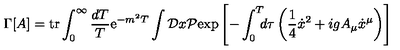
\Gamma \lbrack A \rbrack = \mathrm { t r } \int _ { 0 } ^ { \infty } { \frac { d T } { T } } \mathrm { e } ^ { - m ^ { 2 } T } \int { \cal D } x { \cal P } \mathrm { e x p } \left[ - \int _ { 0 } ^ { T } \! \! \! d \tau \left( { \frac { 1 } { 4 } } { \dot { x } } ^ { 2 } + i g A _ { \mu } \dot { x } ^ { \mu } \right) \right]